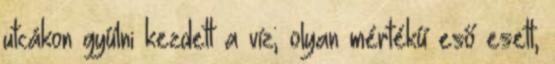
utcákon gyűlni kezdett a víz; olyan mértékű eső esett,